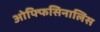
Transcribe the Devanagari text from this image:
ओफ्फिसिनालिस